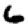
Digit: 6